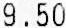
9.50